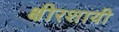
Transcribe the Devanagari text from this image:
क्षीरशायी